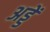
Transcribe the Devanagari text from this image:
अड्डें